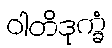
ဝါတိဒုက္ခံ